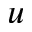
u